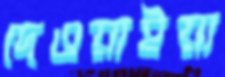
দেওয়াইয়া